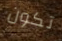
تكون